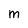
Character: m